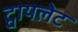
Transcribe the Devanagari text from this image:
ट्वायलेट